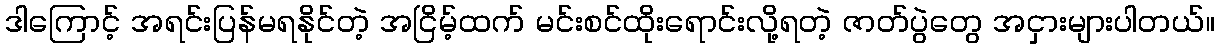
ဒါကြောင့် အရင်းပြန်မရနိုင်တဲ့ အငြိမ့်ထက် မင်းစင်ထိုးရောင်းလို့ရတဲ့ ဇာတ်ပွဲတွေ အငှားများပါတယ်။